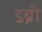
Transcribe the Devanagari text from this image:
डब्नी